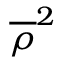
\overline { { \rho } } ^ { 2 }